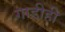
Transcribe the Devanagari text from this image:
गाडीही